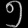
Digit: ၅